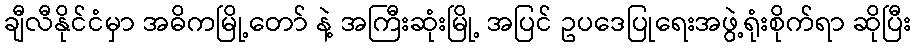
ချီလီနိုင်ငံမှာ အဓိကမြို့တော် နဲ့ အကြီးဆုံးမြို့ အပြင် ဥပဒေပြုရေးအဖွဲ့ရုံးစိုက်ရာ ဆိုပြီး